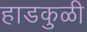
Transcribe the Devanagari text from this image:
हाडकुळी